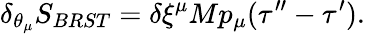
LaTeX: \delta_{\theta_{\mu}}{S_{BRST}}=\delta\xi^{\mu}Mp_{\mu}(\tau^{\prime\prime}-\tau^{\prime}).